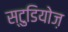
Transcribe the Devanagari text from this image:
स्टुडियोज़